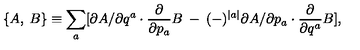
\{ A , \: B \} \equiv \sum _ { a } [ \partial A / \partial q ^ { a } \cdot \frac { \partial } { \partial p _ { a } } B \: - \: ( - ) ^ { \mid a \mid } \partial A / \partial p _ { a } \cdot \frac { \partial } { \partial q ^ { a } } B ] ,